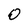
Character: 0